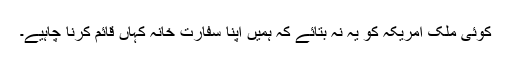
کوئی ملک امریکہ کو یہ نہ بتائے کہ ہمیں اپنا سفارت خانہ کہاں قائم کرنا چاہیے۔